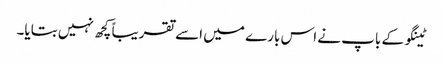
ٹینگو کے باپ نے اس بارے میں اسے تقریباً کچھ نہیں بتایا۔